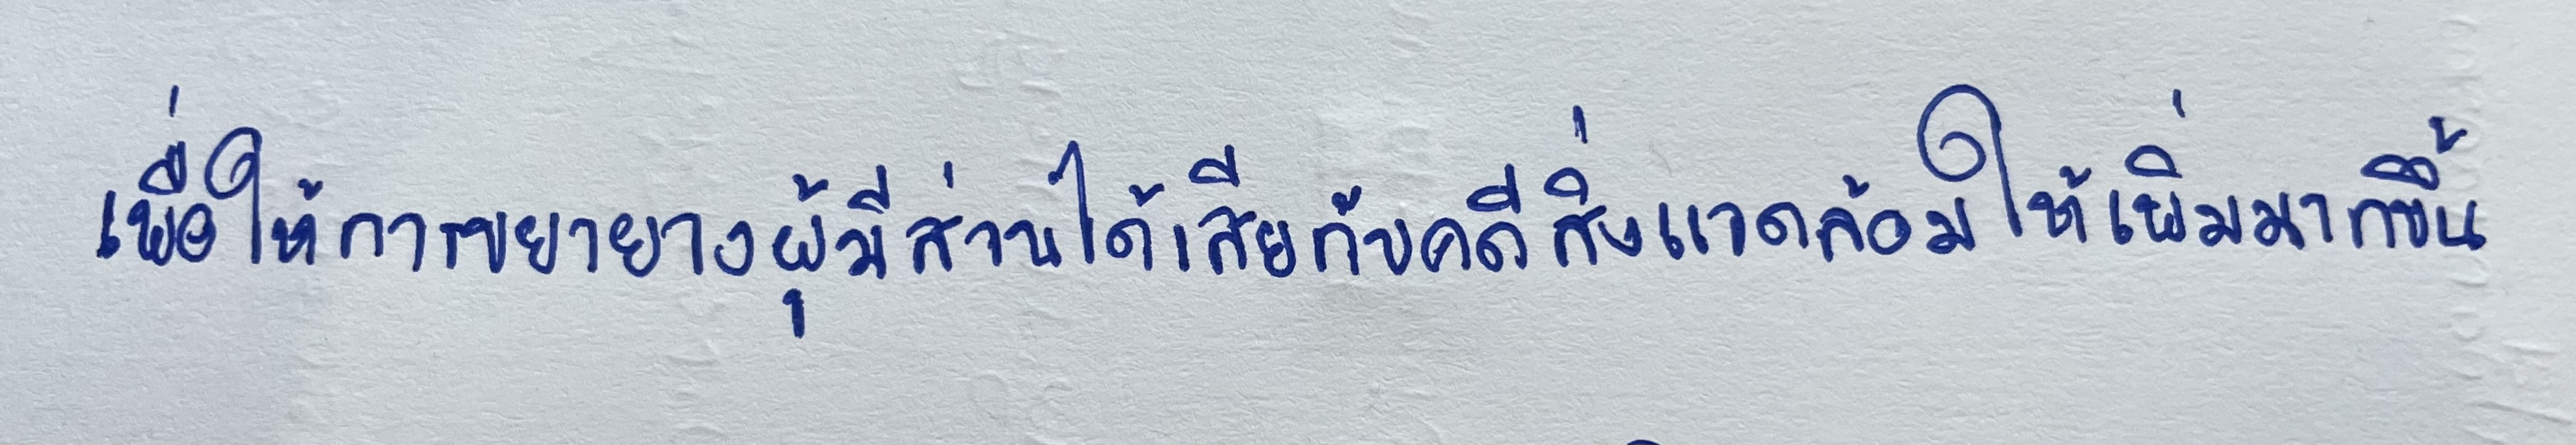
เพื่อให้มีการขยายวงผู้มีส่วนได้เสียกับคดีสิ่งแวดล้อมให้เพิ่มมากขึ้น